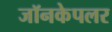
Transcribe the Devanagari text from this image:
जॉनकेपलर